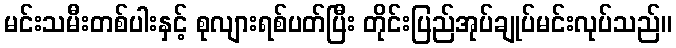
မင်းသမီးတစ်ပါးနှင့် စုလျားရစ်ပတ်ပြီး တိုင်းပြည်အုပ်ချုပ်မင်းလုပ်သည်။